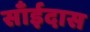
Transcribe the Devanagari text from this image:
साँईदास